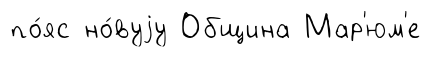
по́яс но́вуjу Община Мар'юм'е